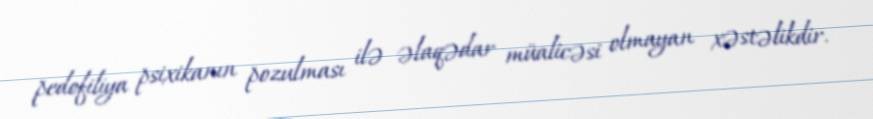
pedofiliya psixikanın pozulması ilə əlaqədar müalicəsi olmayan xəstəlikdir.